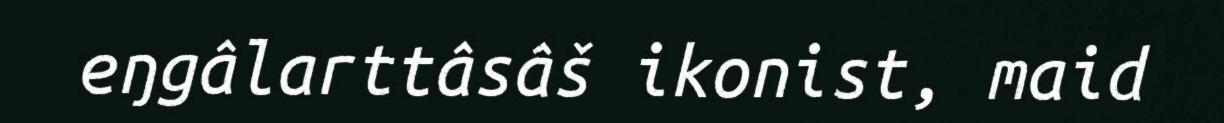
eŋgâlarttâsâš ikonist, maid